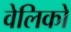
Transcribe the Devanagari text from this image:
वेलिको